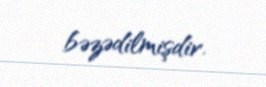
bəzədilmişdir.